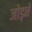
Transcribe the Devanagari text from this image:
जोड्ने